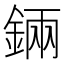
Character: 𨨄